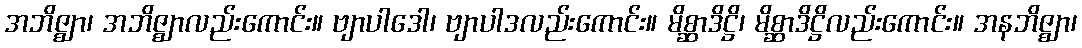
အဘိဇ္ဈာ၊ အဘိဇ္ဈာလည်းကောင်း။ ဗျာပါဒေါ၊ ဗျာပါဒလည်းကောင်း။ မိစ္ဆာဒိဋ္ဌိ၊ မိစ္ဆာဒိဋ္ဌိလည်းကောင်း။ အနဘိဇ္ဈာ၊